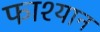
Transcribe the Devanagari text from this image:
फाश्यान